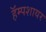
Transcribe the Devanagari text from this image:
हॅम्पशायर